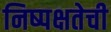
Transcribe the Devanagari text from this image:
निष्‍पक्षतेची